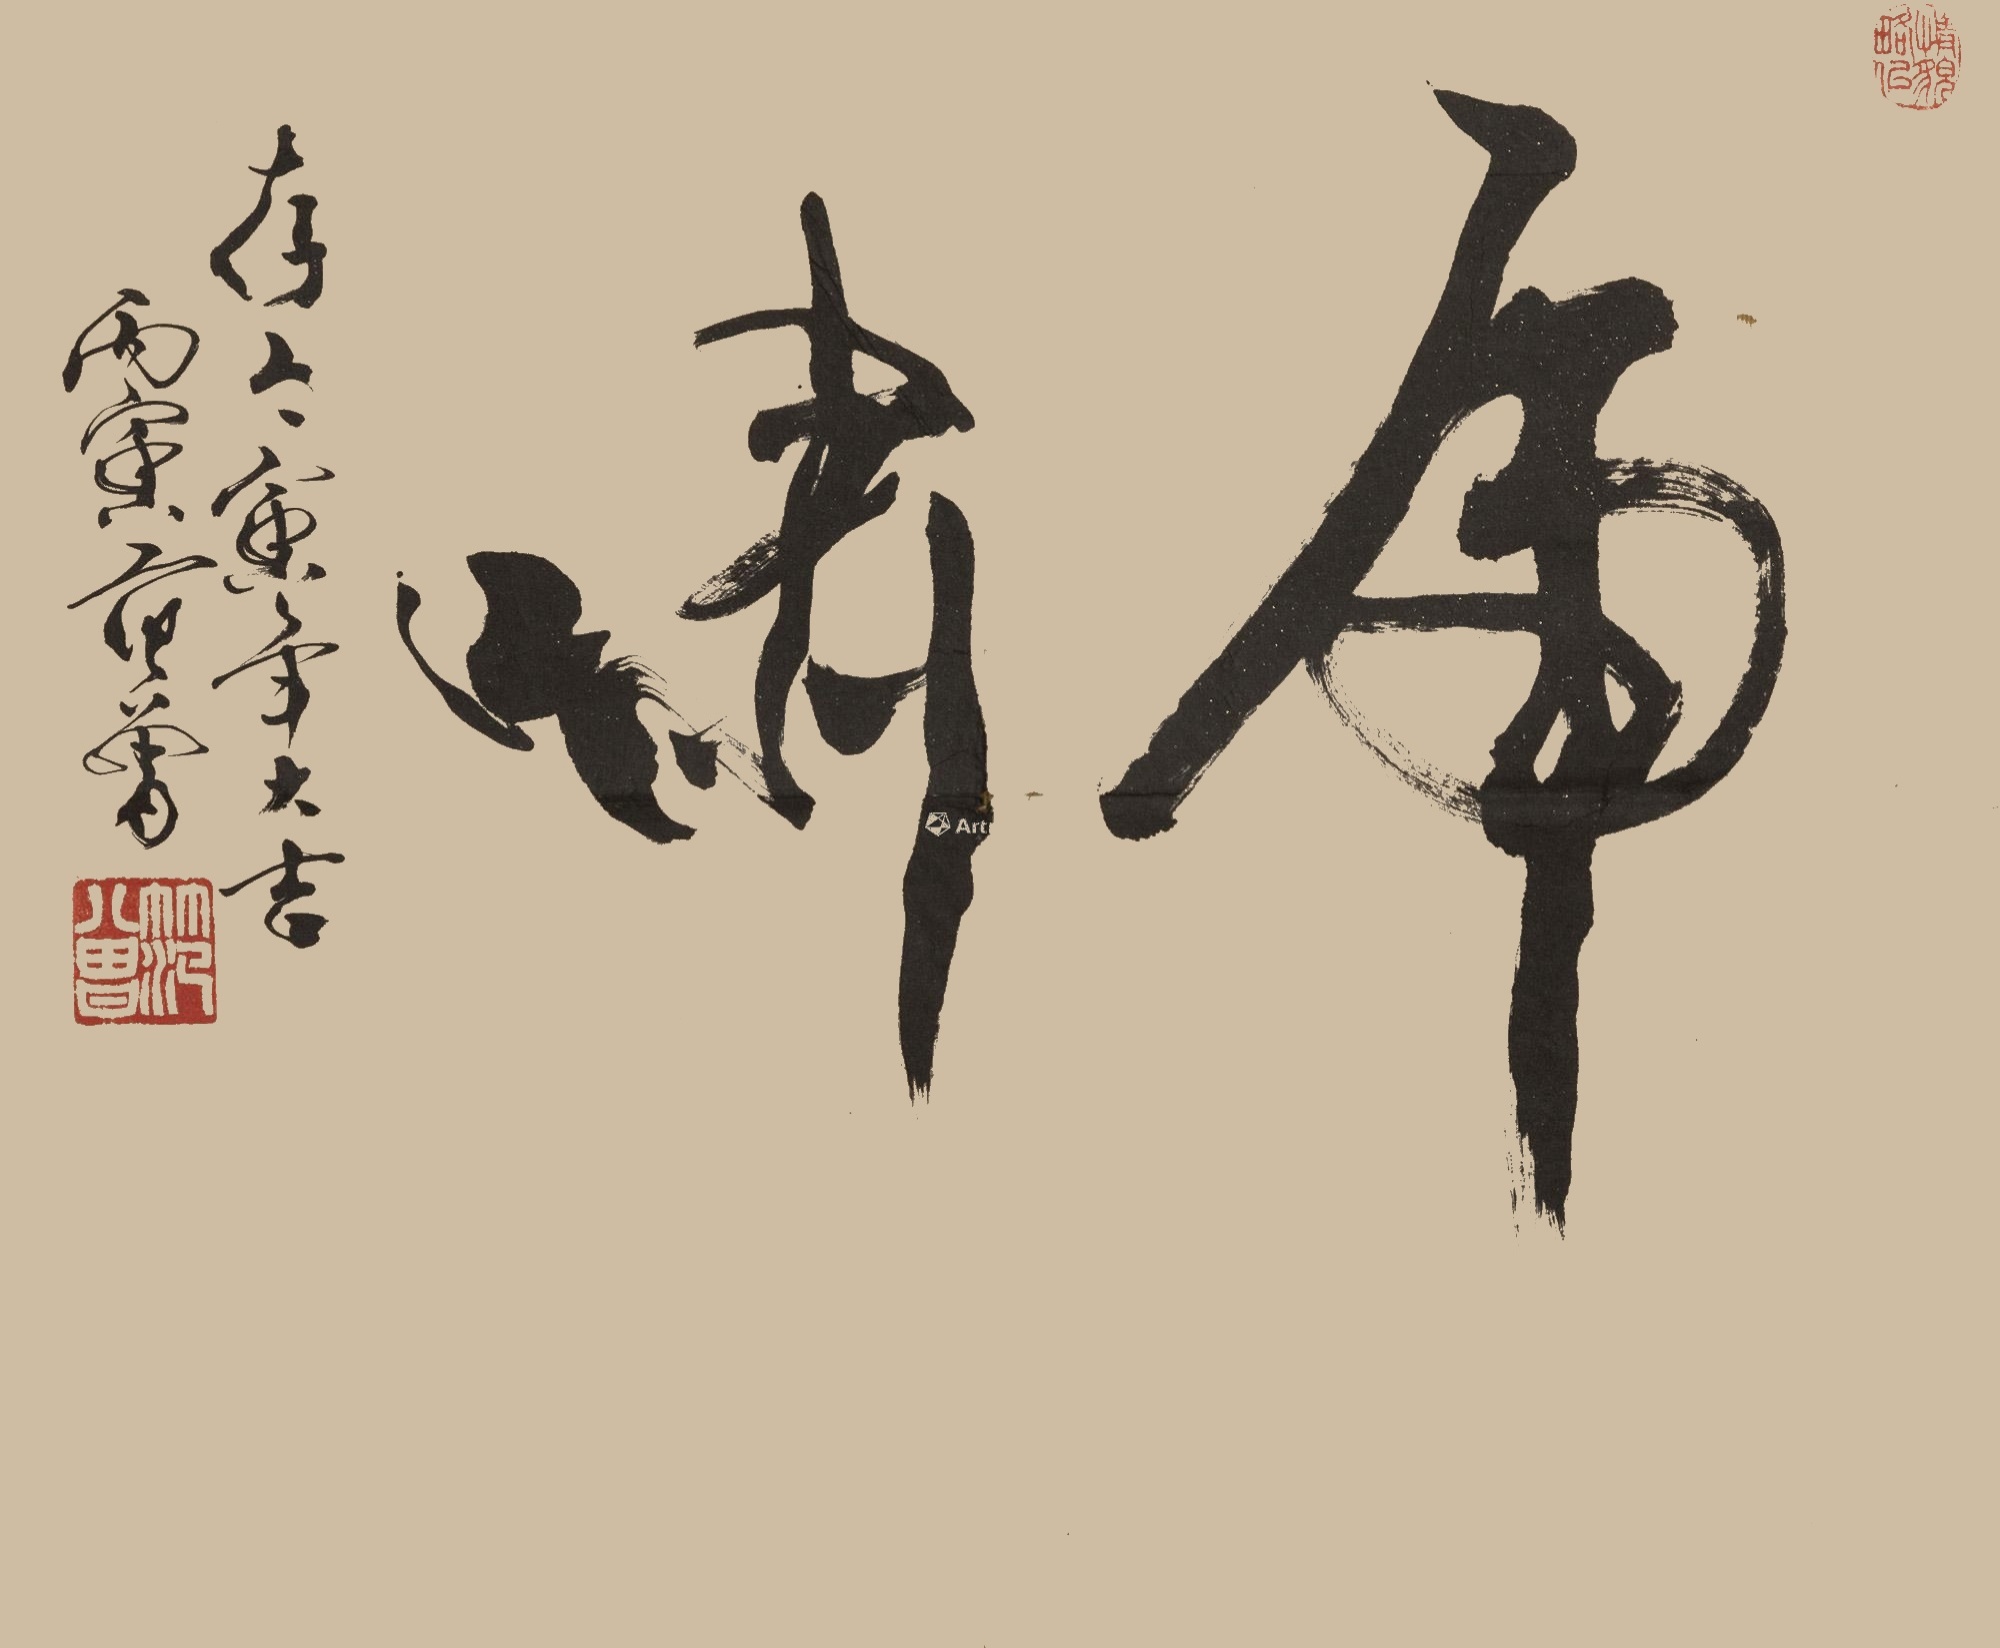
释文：虎啸。存于寅年大吉，丙寅范曾。